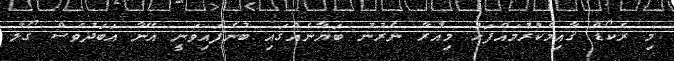
މި ރެކޯޑް ޤާއިމްކުރުމައްފަހު މިއުރާ ނެރުނު ބަޔާނެއްގައި ބުނެފައިވަނީ އޭނާ އަބަދުވެސް ގޯލު